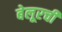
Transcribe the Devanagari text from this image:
बेलूरची